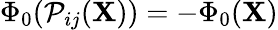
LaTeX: \Phi_{0}(\mathcal{P}_{ij}(\mathbf{X}))=-\Phi_{0}(\mathbf{X})